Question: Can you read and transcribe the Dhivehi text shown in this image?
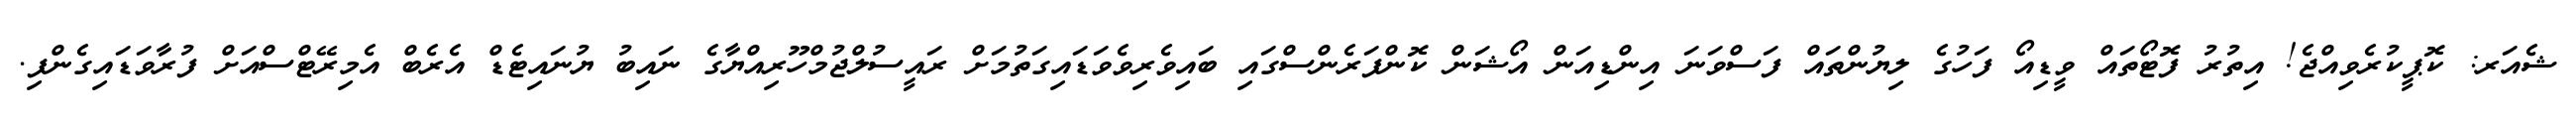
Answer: ޝެއަރ: ކޮޕީކުރެވިއްޖެ! އިތުރު ފޮޓޯތައް ވީޑިއޯ ފަހުގެ ލިޔުންތައް ފަސްވަނަ އިންޑިއަން އޯޝަން ކޮންފަރެންސްގައި ބައިވެރިވެވަޑައިގަތުމަށް ރައީސުލްޖުމްހޫރިއްޔާގެ ނައިބު ޔުނައިޓެޑް އެރެބް އެމިރޭޓްސްއަށް ފުރާވަޑައިގެންފި.